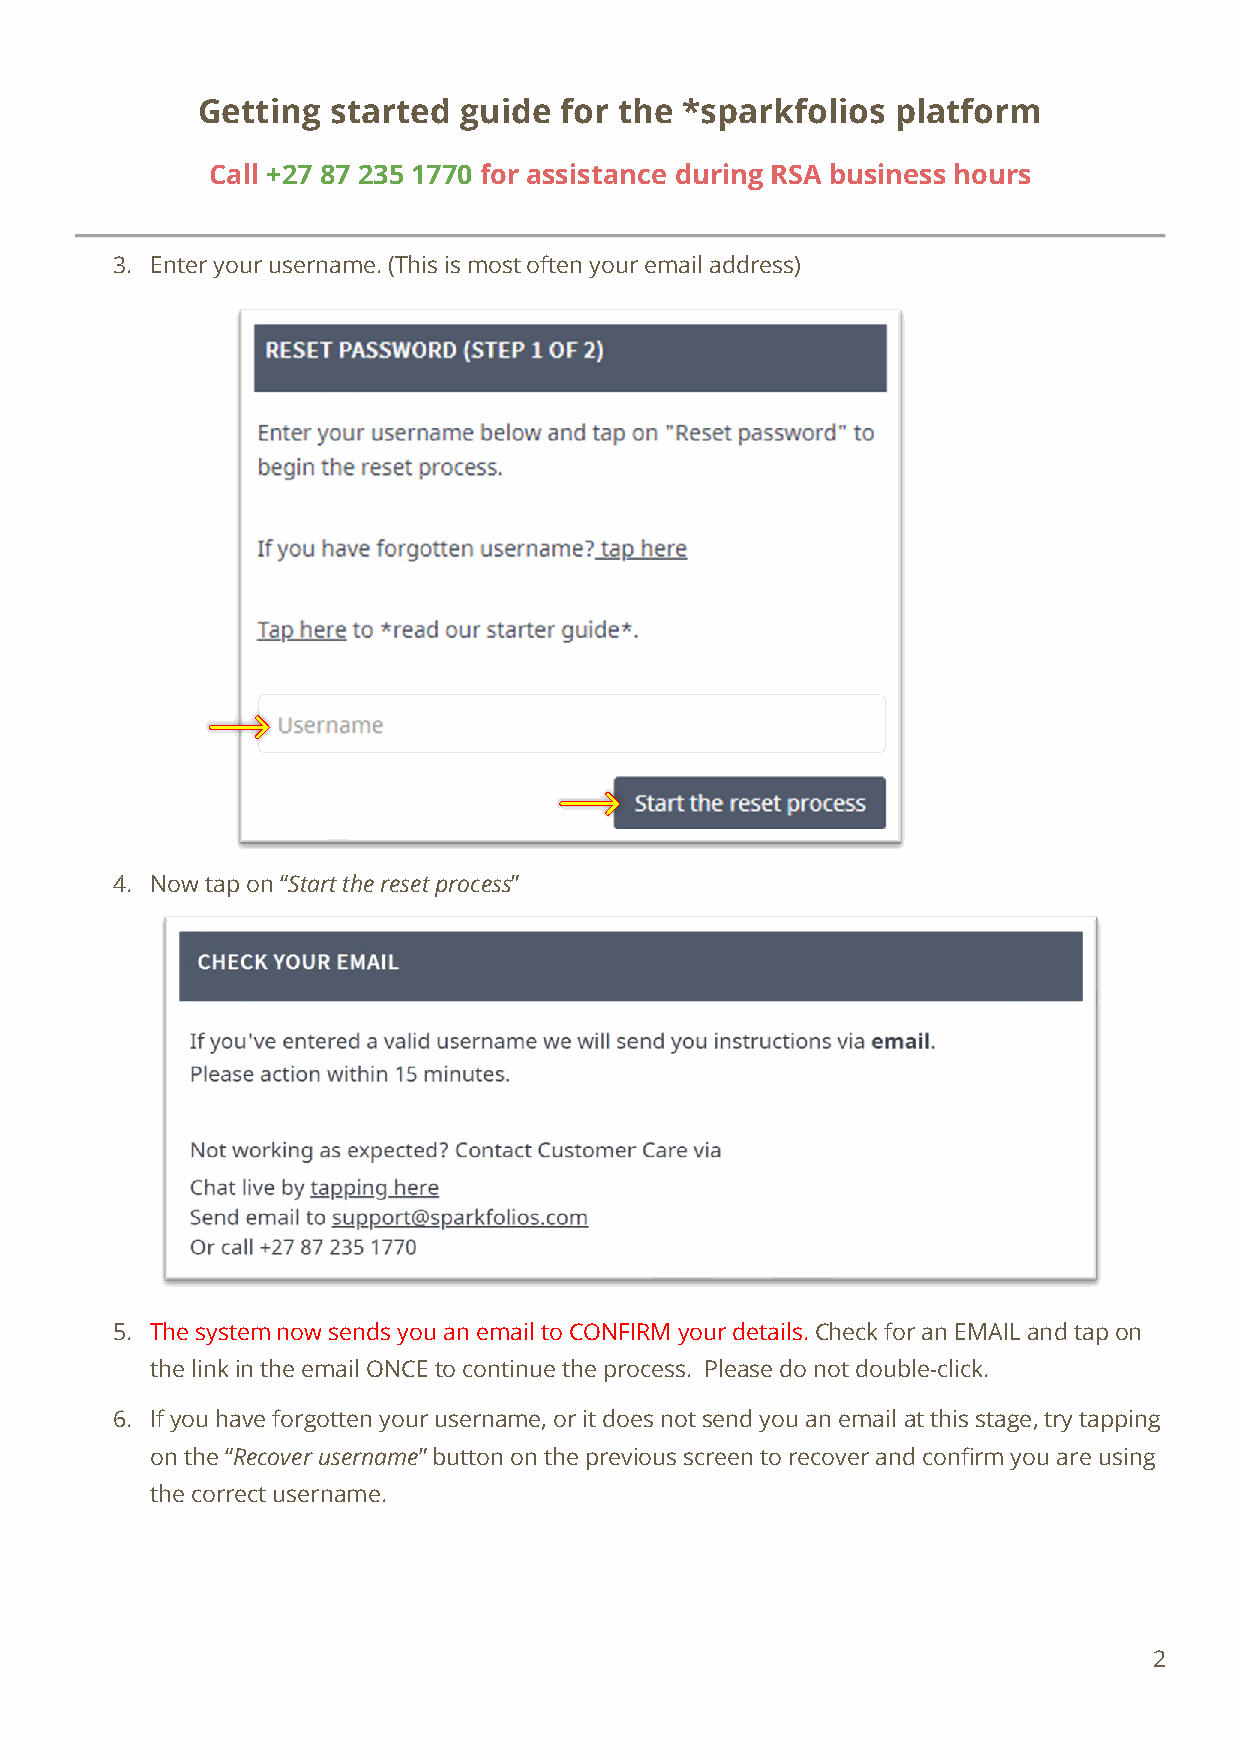
Getting  started guide  for the *sparkfolios  platform
 Call +27 87 235 1770 for assistance during RSA business hours
 3. Enter your username. (This is most often your email address)
 4. Now tap on “Start the reset process”
 5. The system now sends you an email to CONFIRM your details. Check for an EMAIL and tap on
 the link in the email ONCE to continue the process. Please do not double-click.
 6. If you have forgotten your username, or it does not send you an email at this stage, try tapping
 on the “Recover username” button on the previous screen to recover and confirm you are using
 the correct username.
 2